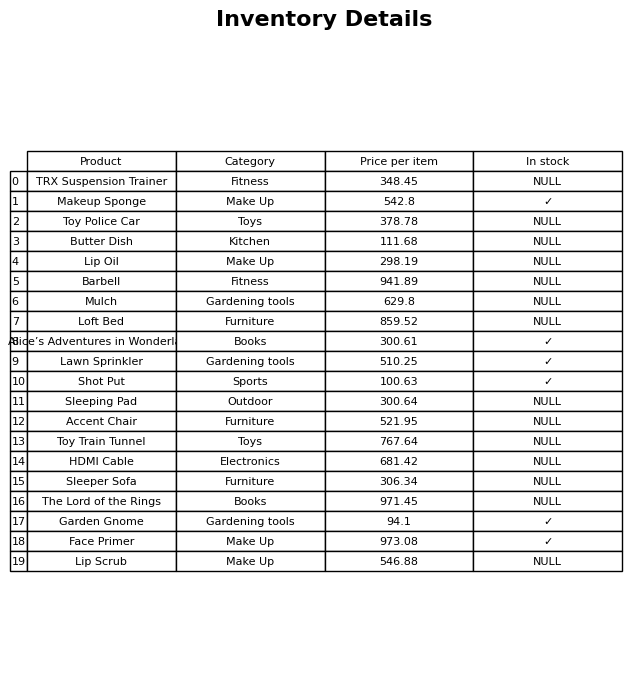
question: Is the Butter Dish in stock?
answer: NULL